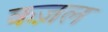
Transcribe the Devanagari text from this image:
कज़ल